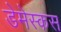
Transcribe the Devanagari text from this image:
डेमेस्कस